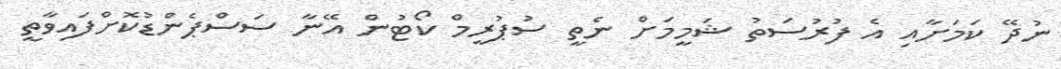
ނުދޭ ކަމަށާއި އެ ފުރުސަތު ޝަމީމަށް ނެތީ ސުޕުރީމް ކޯޓުން އޭނާ ސަސްޕެންޑުކޮށްފައިވާތީ